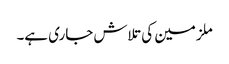
ملزمین کی تلاش جاری ہے۔